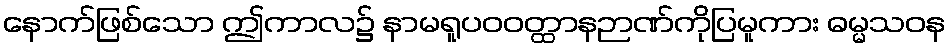
နောက်ဖြစ်သော ဤကာလ၌ နာမရူပဝဝတ္ထာနဉာဏ်ကိုပြမူကား ဓမ္မသဝန